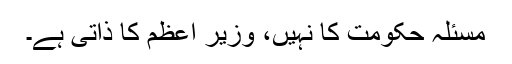
مسئلہ حکومت کا نہیں، وزیرِ اعظم کا ذاتی ہے۔